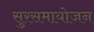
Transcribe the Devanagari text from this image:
सुरसमायोजन